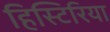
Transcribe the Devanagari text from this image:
हिस्टिरिया